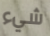
شيء